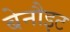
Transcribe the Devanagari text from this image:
बेनौइट